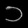
Digit: ၁